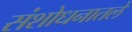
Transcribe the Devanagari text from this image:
संशोधनातले